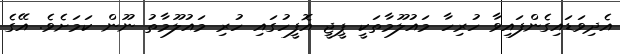
އެދިވަޑައިގެންފައިވާ ހުރިހާ މައުލޫމާތަކީ ޕީޖީ އޮފީހުގައި ހުރި މައުލޫމާތު ނޫން ކަމަށެވެ. އޭގެ